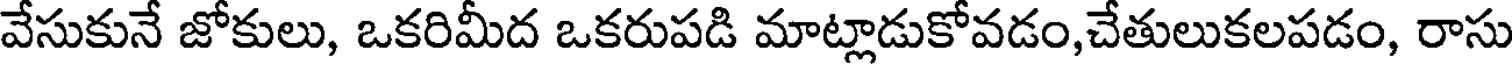
వేసుకునే జోకులు, ఒకరిమీద ఒకరుపడి మాట్లాడుకోవడం,చేతులుకలపడం, రాసు